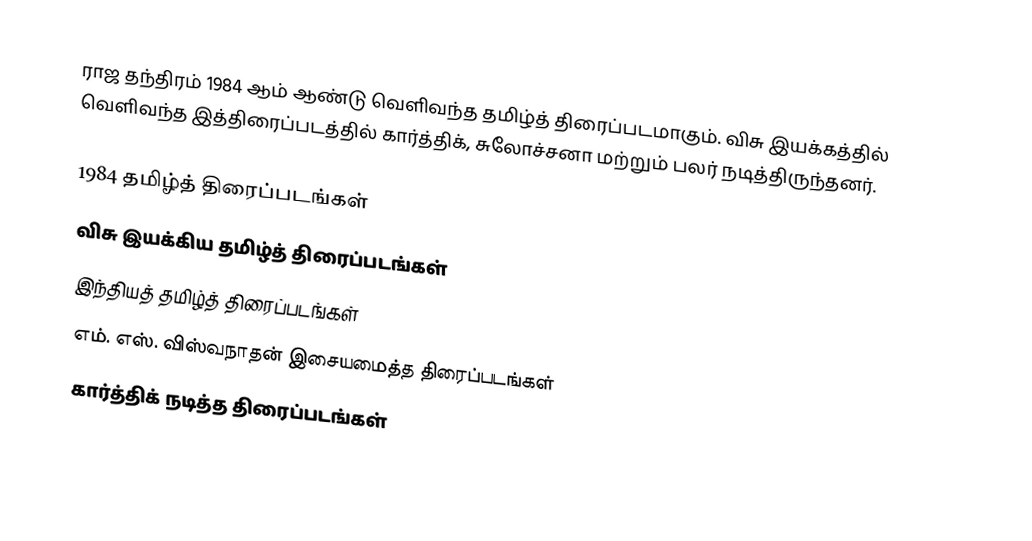
ராஜ தந்திரம் 1984 ஆம் ஆண்டு வெளிவந்த தமிழ்த் திரைப்படமாகும். விசு இயக்கத்தில் வெளிவந்த இத்திரைப்படத்தில் கார்த்திக், சுலோச்சனா மற்றும் பலர் நடித்திருந்தனர்.

1984 தமிழ்த் திரைப்படங்கள்
விசு இயக்கிய தமிழ்த் திரைப்படங்கள்
இந்தியத் தமிழ்த் திரைப்படங்கள்
எம். எஸ். விஸ்வநாதன் இசையமைத்த திரைப்படங்கள்
கார்த்திக் நடித்த திரைப்படங்கள்